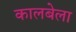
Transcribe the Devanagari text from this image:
कालबेला